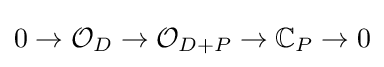
0\to {\mathcal {O}}_{D}\to {\mathcal {O}}_{D+P}\to \mathbb {C} _{P}\to 0